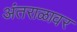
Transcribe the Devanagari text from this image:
अंतराळावर